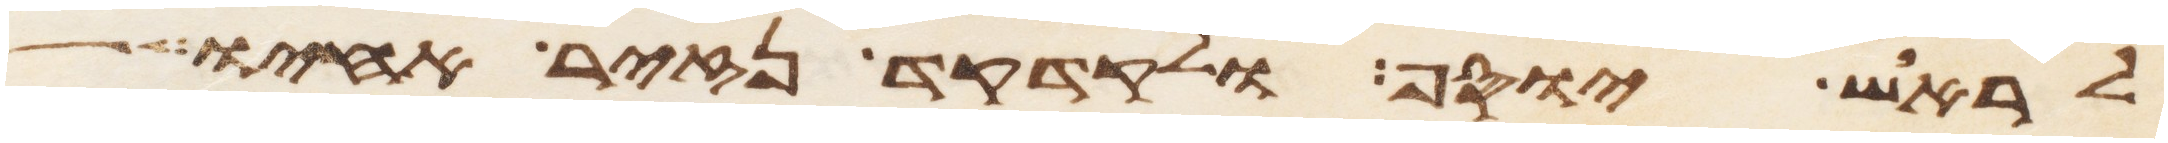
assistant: לראש יוסף ולקדקד נזיר אחיו